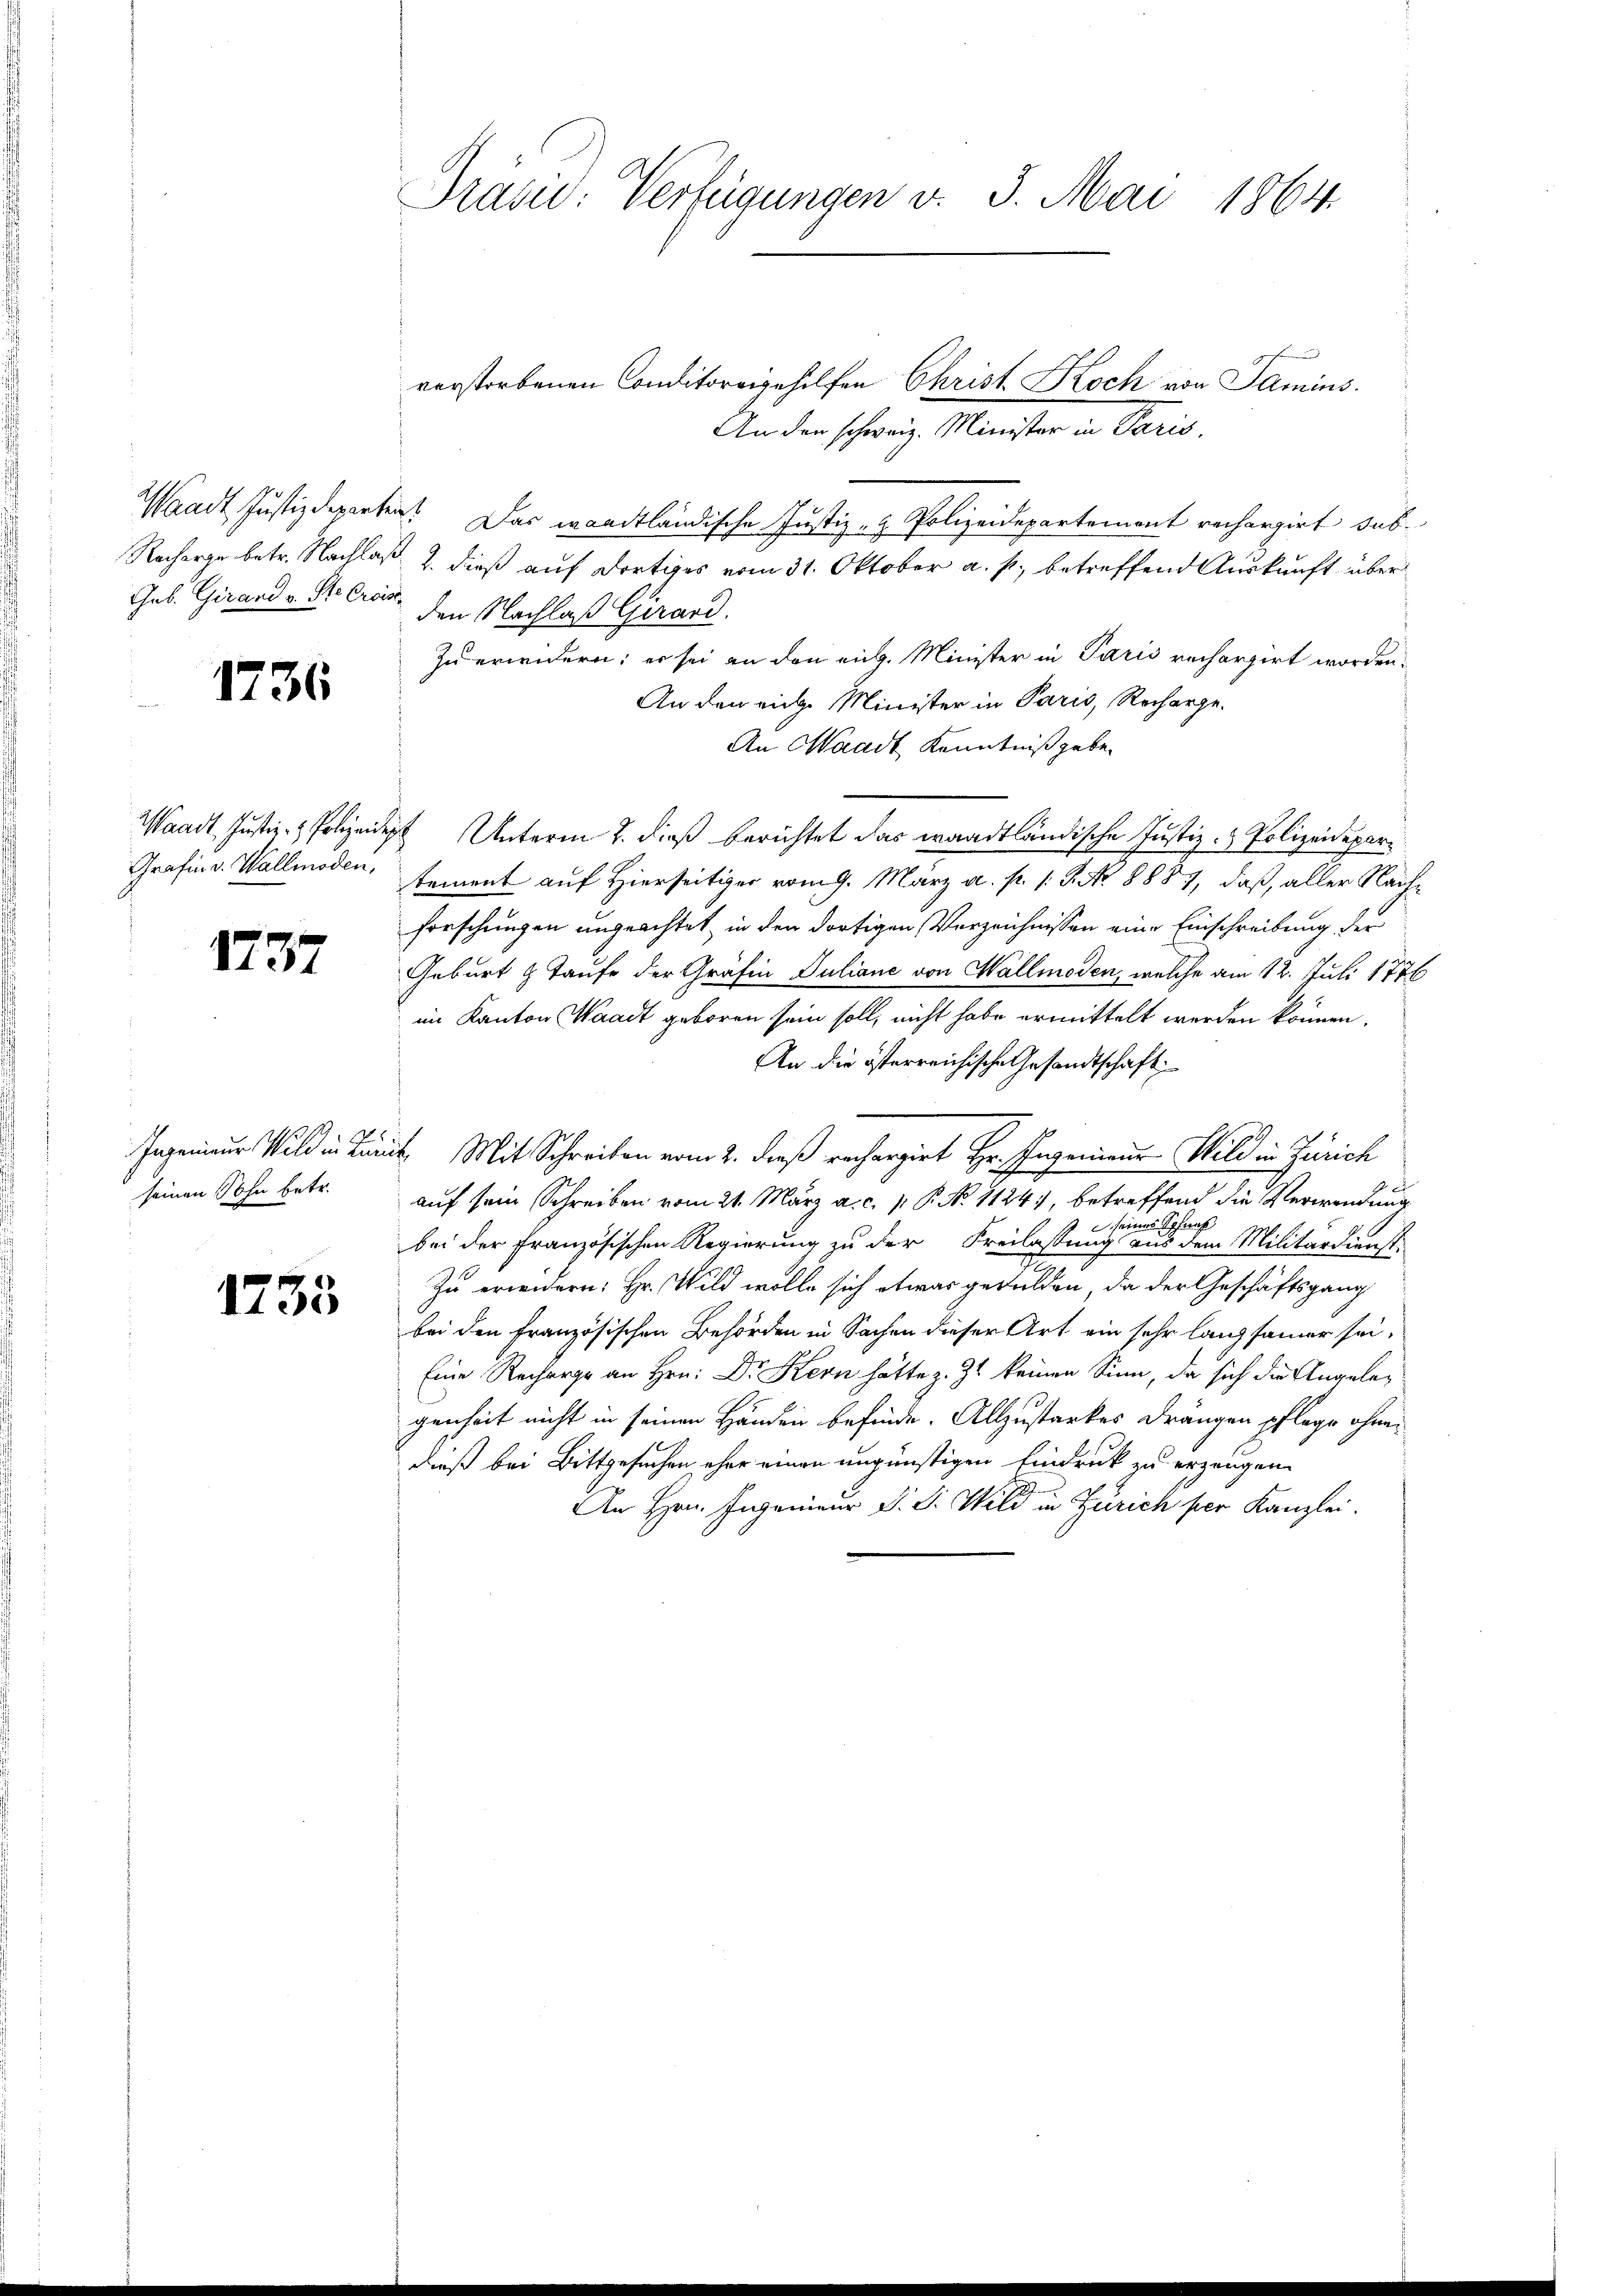
1736

1737

seinen Sohn betr.

1735.

Prasie: Verfügungen v. 5. Mai 1864.

verstorbenen Conditoreigehilfen Christ Koch von Samins.
An den schweiz. Minister in Paris,
Waadt Justizdeparten. Das waadtländische Justiz- & Polizeidepartement rechargirt sub¬
Recharge betr. Nachlaß 2. dieß auf dortiges vom 31. Oktober a. p. betreffend Auskunft über
Geb. Girard veran den Nachlaß Girard.
Zu erwidern; er sei an den eich. Minister in Paris rechargirt worden.
An den riche Minister in Paris, Recharge-
An Waadt Kenntniß geben
Waadt Justiz- & Polizeidigt Unterm 2. dieß berichtet das waadtländische Justiz- & Polizeidepar¬
Grafin v. Wallmoden, sement auf Hierseitiger vom 9. März a. p. 1. 3. No 8887, daß, aller Nachforschungen ungeachtet, in den dortigen Verzeichnissen eine Einschreibung der
Geburt 8 Taufe der Gräfin Juliane von Hallmoden, welche am 12. Juli 1776
im Kanton Waadt geboren sein soll, nicht habe ermittelt werden können.
An die österreichische Gesandtschaft
Ingenieurs Wild in Braut Mit Schreiben vom 2. dieß rechargirt Hr. Ingenieur Wild in Zürich
auf sein Schreiben vom 21. März a. c. v. P. No. 1124), betreffend die Verwendung
seines Schnah
t
bei der Französischen Regierung zu der Freilassung aus dem Militärdienst
7
Zu erwidern: Hr. Wild wolle sich etwas gedulden, da der Geschäftsgang
bei den französischen Behörden in Sachen dieser Art ein sehr langsamer sei,
Eine Recharge an Hrn. Dr Kern hätte z. Zt. keinen Sinn, da sich die Angeleg
genheit nicht in seinen Händen befinde. Allzustarkes drängen pflege ohnedieß bei Bittgesuchen eher einen ungünstigen Eindruck zu erzeugen.
An Hrn. Ingenieur d. J. Wild in Zürich per Kanzlei.